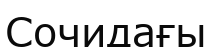
Сочидағы